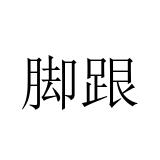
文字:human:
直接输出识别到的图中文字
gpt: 脚跟